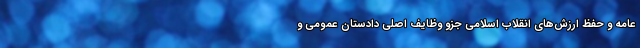
عامه و حفظ ارزش‌های انقلاب اسلامی جزو وظایف اصلی دادستان عمومی و